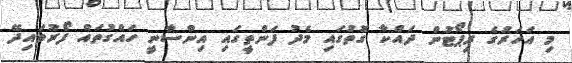
މި އަހަރުގެ ރިޕޯޓުން ދައްކާ ގޮތުގައި މެދު ފަންތީގައި އިންސާނީ ހައްގުތައް ފޯރުވައިދޭ